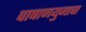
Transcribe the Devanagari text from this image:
पाषाणयुगाचा